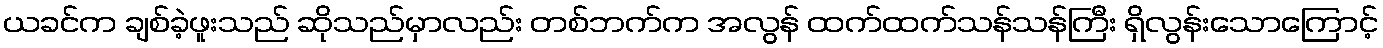
ယခင်က ချစ်ခဲ့ဖူးသည် ဆိုသည်မှာလည်း တစ်ဘက်က အလွန် ထက်ထက်သန်သန်ကြီး ရှိလွန်းသောကြောင့်